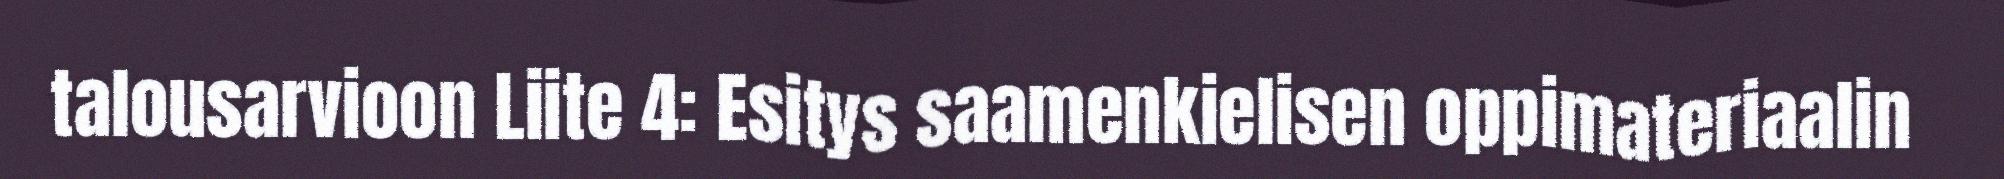
talousarvioon Liite 4: Esitys saamenkielisen oppimateriaalin